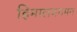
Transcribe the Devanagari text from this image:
हिमालयगमन